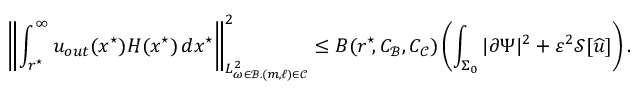
\left\lVert \int _ { r ^ { \star } \! } ^ { \infty } u _ { o u t } ( x ^ { \star } ) H ( x ^ { \star } ) \, d x ^ { \star } \right\rVert _ { L _ { \omega \in \mathcal { B } . ( m , \ell ) \in \mathcal { C } } ^ { 2 } } ^ { 2 } \leq B ( r ^ { \star } \! , C _ { \mathcal { B } } , C _ { \mathcal { C } } ) \left( \int _ { \Sigma _ { 0 } } | \partial \Psi | ^ { 2 } + \varepsilon ^ { 2 } \mathcal { S } [ { \widehat { u } } ] \right) .